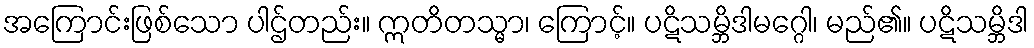
အကြောင်းဖြစ်သော ပါဌ်တည်း။ ဣတိတသ္မာ၊ ကြောင့်။ ပဋိသမ္ဘိဒါမဂ္ဂေါ၊ မည်၏။ ပဋိသမ္ဘိဒါ